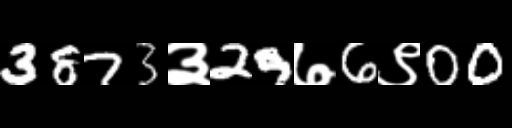
Text: 3873३29७6९00